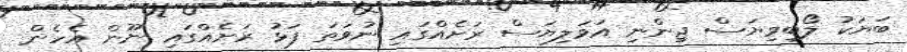
ބަޔަކު ލޯބިވިޔަސް ޖިންނި އަވަލިޔަސް ރަށެއްގައި ނުވަތަ ފަޅު ރަށެއްގައި ނޫން އެހެން